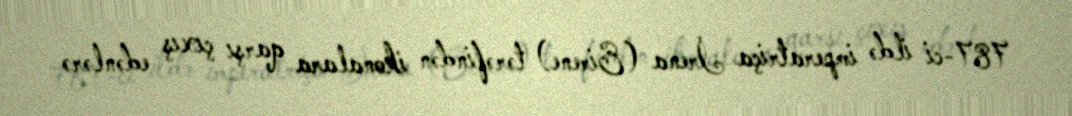
787-ci ildə imperatriça İrena (Eirene) tərəfindən ikonalara qarşı çıxış edənlərə